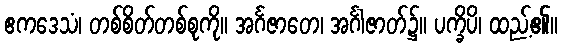
ဧကဒေသံ၊ တစ်စိတ်တစ်စုကို။ အင်္ဂဇာတေ၊ အင်္ဂါဇာတ်၌။ ပက္ခိပိ၊ ထည့်၏။